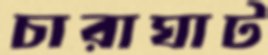
চারাঘাট